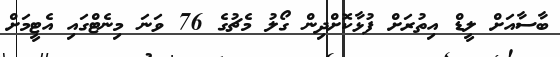
ބާސާއަށް ލީޑް އިތުރަށް ފުޅާކޮށްދިން ގޯލު މެޗުގެ 76 ވަނަ މިނެޓްގައި އެޓީމަށް